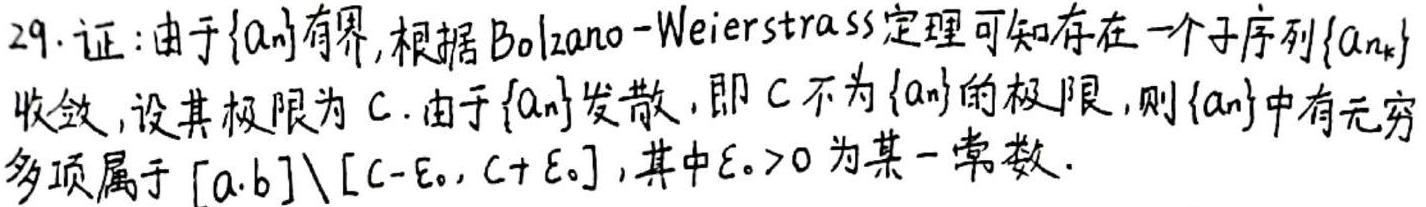
29. 证：由于\(\{a_n\}\)有界，根据Bolzano - Weierstrass定理可知存在一个子序列\(\{a_{n_k}\}\)收敛，设其极限为\(C\). 由于\(\{a_n\}\)发散，即\(C\)不为\(\{a_n\}\)的极限，则\(\{a_n\}\)中有无穷多项属于\([a,b]\setminus[C - \varepsilon_0,C + \varepsilon_0]\)，其中\(\varepsilon_0>0\)为某一常数.